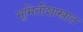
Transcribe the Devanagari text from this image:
भूमितीशास्त्रात